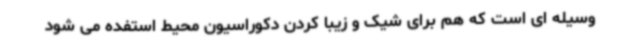
وسیله ای است که هم برای شیک و زیبا کردن دکوراسیون محیط استفده می شود